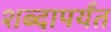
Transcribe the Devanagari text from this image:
शब्दापर्यंत